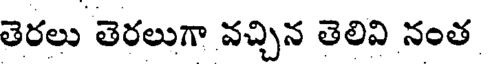
తెరలు తెరలుగా వచ్చిన తెలివి నంత